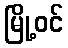
မြို့ဝင်